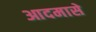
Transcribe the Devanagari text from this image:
आदमासे